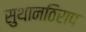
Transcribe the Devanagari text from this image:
सुथानठिराप